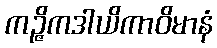
ကဉ္ဇိကဒါယိကာဝိမာနံ